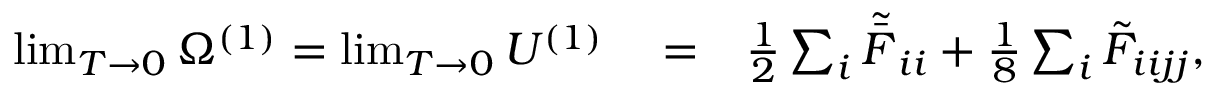
\begin{array} { r l r } { \operatorname* { l i m } _ { T \to 0 } \Omega ^ { ( 1 ) } = \operatorname* { l i m } _ { T \to 0 } U ^ { ( 1 ) } } & { { } = } & { \frac { 1 } { 2 } \sum _ { i } \tilde { \bar { F } } _ { i i } + \frac { 1 } { 8 } \sum _ { i } \tilde { { F } } _ { i i j j } , } \end{array}